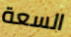
السعة